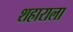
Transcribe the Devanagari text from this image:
शहाराला